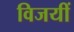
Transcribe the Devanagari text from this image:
विजयीं